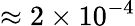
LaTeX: \approx 2\times 10^{-4}